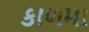
કાળમા